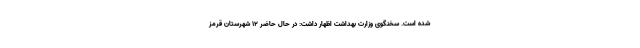
شده است. سخنگوی وزارت بهداشت اظهار داشت: در حال حاضر ۱۲ شهرستان قرمز